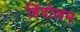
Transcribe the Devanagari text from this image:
हिंदोलम